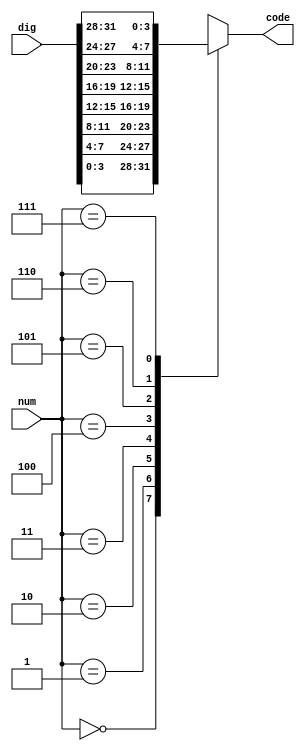
`timescale 1ns/1ps
module display_sel(num, dig, code);
    input   [2: 0]    num;
    input   [31:0]    dig;
    output reg [3:0]  code;
    always @* begin
        case(num)
            3'd0: code = dig[3:0];
            3'd1: code = dig[7:4];
            3'd2: code = dig[11:8];
            3'd3: code = dig[15:12];
            3'd4: code = dig[19:16];
            3'd5: code = dig[23:20];
            3'd6: code = dig[27:24];
            3'd7: code = dig[31:28];
            default: code = 4'h0;
        endcase
    end
endmodule